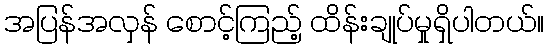
အပြန်အလှန် စောင့်ကြည့် ထိန်းချုပ်မှုရှိပါတယ်။